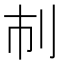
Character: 𠚷